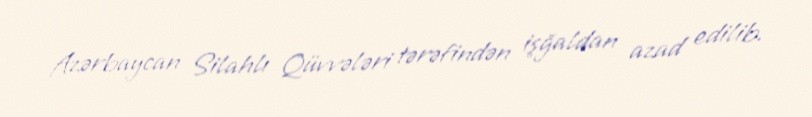
Azərbaycan Silahlı Qüvvələri tərəfindən işğaldan azad edilib.